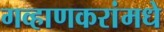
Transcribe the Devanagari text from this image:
गव्हाणकरांमधे